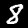
Digit: 8